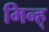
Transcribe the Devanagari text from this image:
मिन्ह्